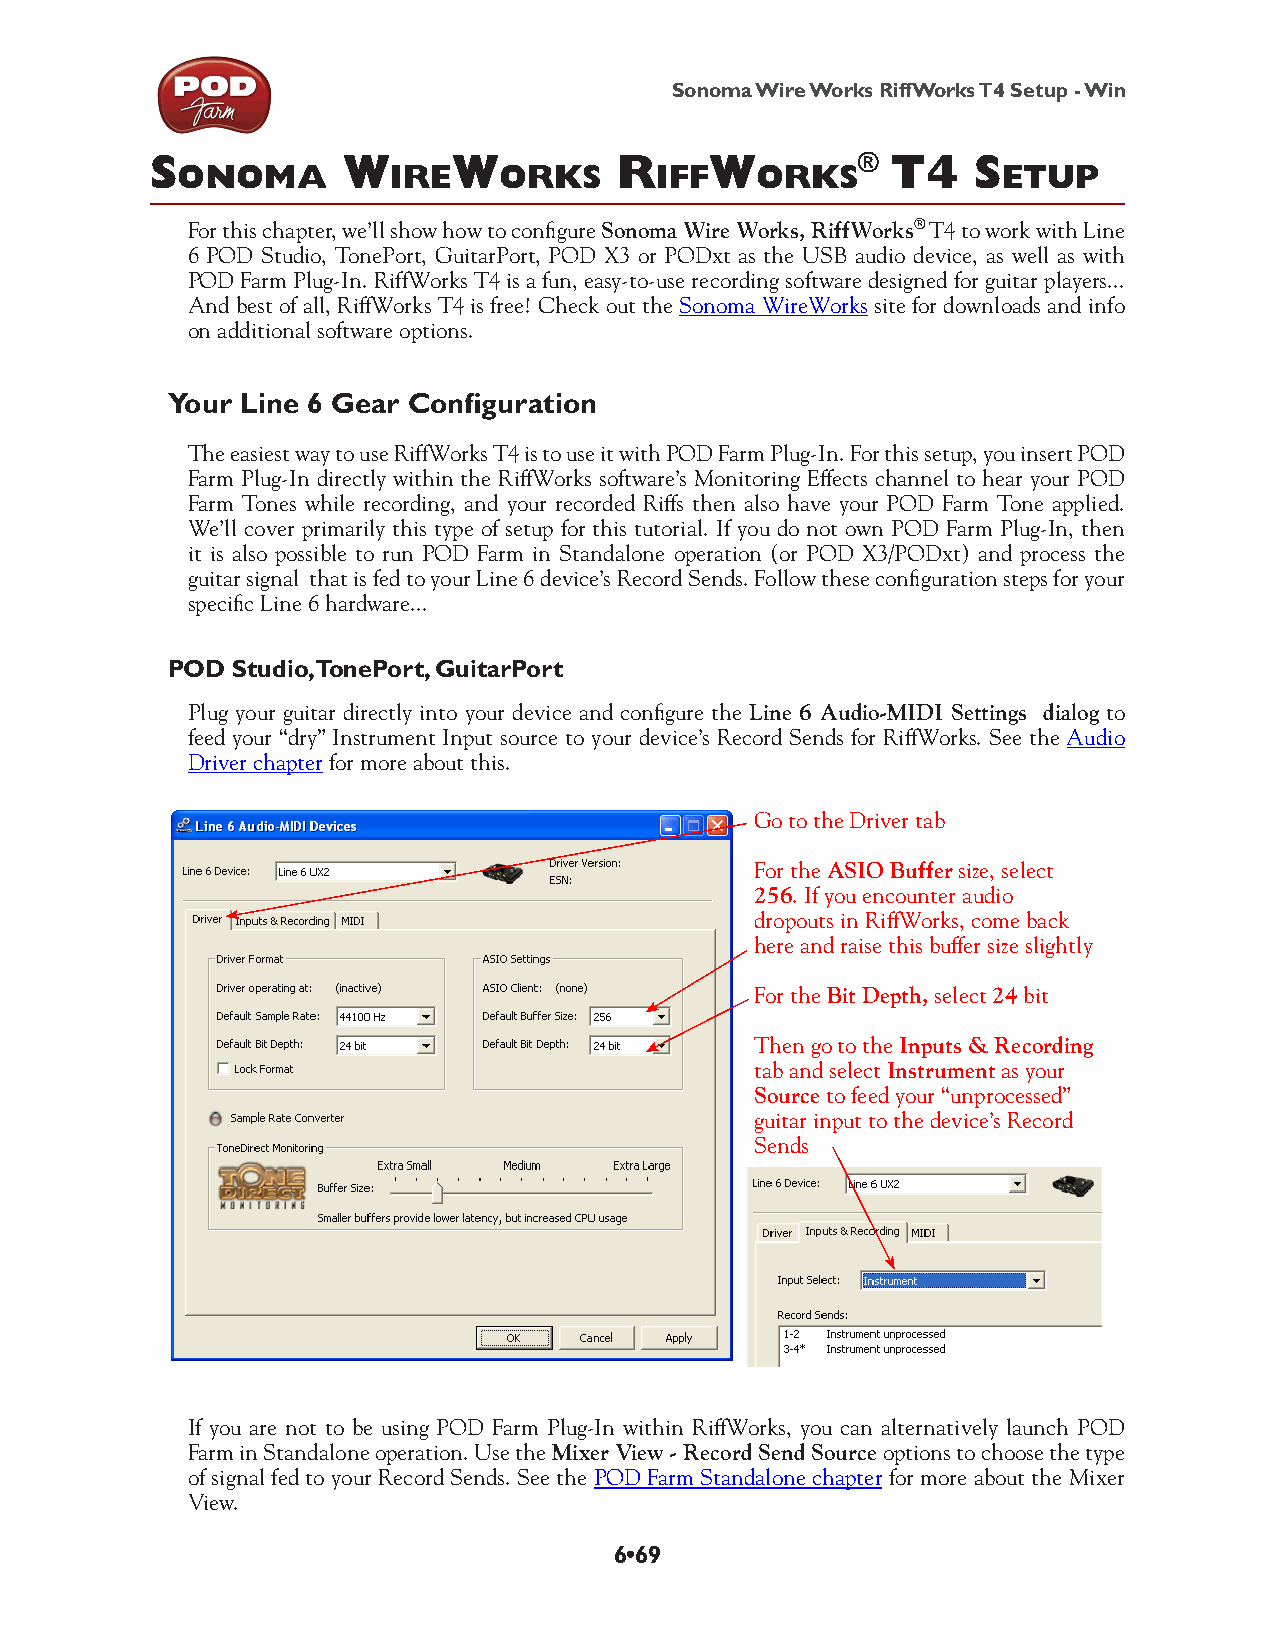
Sonoma Wire Works RiffWorks T4 Setup - Win
 S            W      W          R     W         ® t4   S
 onoma         iRe    oRkS      iff    oRkS            etup
 For this chapter, we’ll show how to configure Sonoma Wire Works, RiffWorks® T4 to work with Line
 6 POD Studio, TonePort, GuitarPort, POD X3 or PODxt as the USB audio device, as well as with
 POD Farm Plug-In. RiffWorks T4 is a fun, easy-to-use recording software designed for guitar players...
 And best of all, RiffWorks T4 is free! Check out the Sonoma WireWorks site for downloads and info
 on additional software options.
 Your Line 6 Gear Configuration
 The easiest way to use RiffWorks T4 is to use it with POD Farm Plug-In. For this setup, you insert POD
 Farm Plug-In directly within the RiffWorks software’s Monitoring Effects channel to hear your POD
 Farm Tones while recording, and your recorded Riffs then also have your POD Farm Tone applied.
 We’ll cover primarily this type of setup for this tutorial. If you do not own POD Farm Plug-In, then
 it is also possible to run POD Farm in Standalone operation (or POD X3/PODxt) and process the
 guitar signal that is fed to your Line 6 device’s Record Sends. Follow these configuration steps for your
 specific Line 6 hardware...
 POD Studio, TonePort, GuitarPort
 Plug your guitar directly into your device and configure the Line 6 Audio-MIDI Settings dialog to
 feed your “dry” Instrument Input source to your device’s Record Sends for RiffWorks. See the Audio
 Driver chapter for more about this.
 Go to the Driver tab
 For the ASIO Buffer size, select
 256. If you encounter audio
 dropouts in RiffWorks, come back
 here and raise this buffer size slightly
 For the Bit Depth, select 24 bit
 Then go to the Inputs & Recording
 tab and select Instrument as your
 Source to feed your “unprocessed”
 guitar input to the device’s Record
 Sends
 If you are not to be using POD Farm Plug-In within RiffWorks, you can alternatively launch POD
 Farm in Standalone operation. Use the Mixer View - Record Send Source options to choose the type
 of signal fed to your Record Sends. See the POD Farm Standalone chapter for more about the Mixer
 View.
 6•69